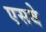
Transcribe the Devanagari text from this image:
एसबे